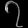
Digit: ၇